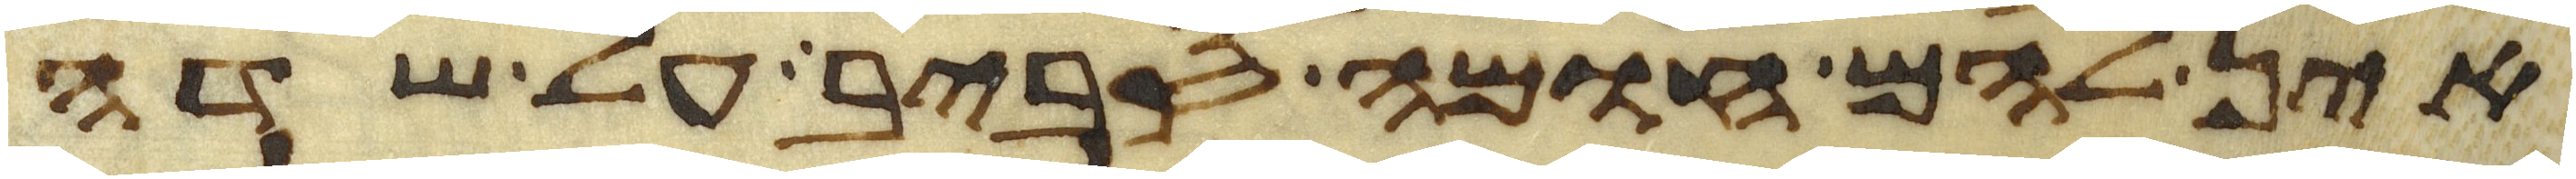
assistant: אין להם חומה סביב על שדה